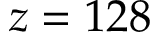
z = 1 2 8